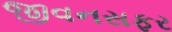
જીવનસફર